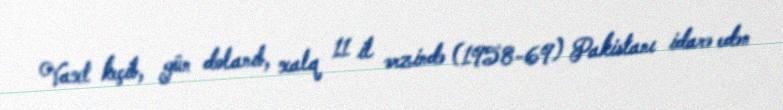
Vaxt keçib, gün dolanıb, xalq 11 il ərzində (1958-69) Pakistanı idarə edən